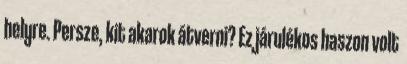
helyre. Persze, kit akarok átverni? Ez járulékos haszon volt